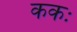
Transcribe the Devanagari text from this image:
ककः